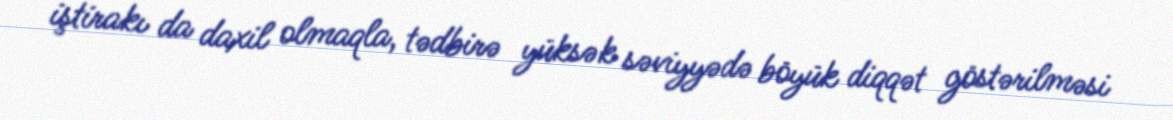
iştirakı da daxil olmaqla, tədbirə yüksək səviyyədə böyük diqqət göstərilməsi